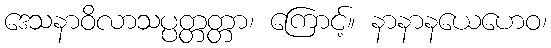
ဒေသနာဝိလာသပ္ပတ္တတ္တာ၊ ကြောင့်။ နာနာနယေဟေဝ၊